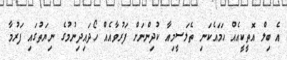
އެ ބިލް އޮތީކީއެއް ހަމައެކަނި ތެލަސީމިއާ ކުދިންނަށް ފަރުވާއެއް ހޯދައިދިނުމުގެ ނިޔަތުގައި ފަރުމާ